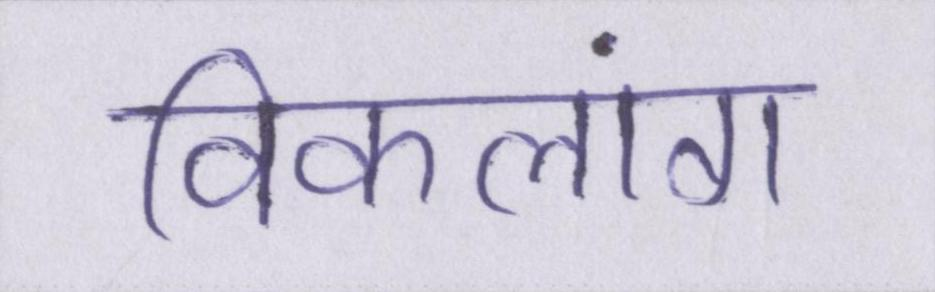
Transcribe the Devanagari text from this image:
विकलांग